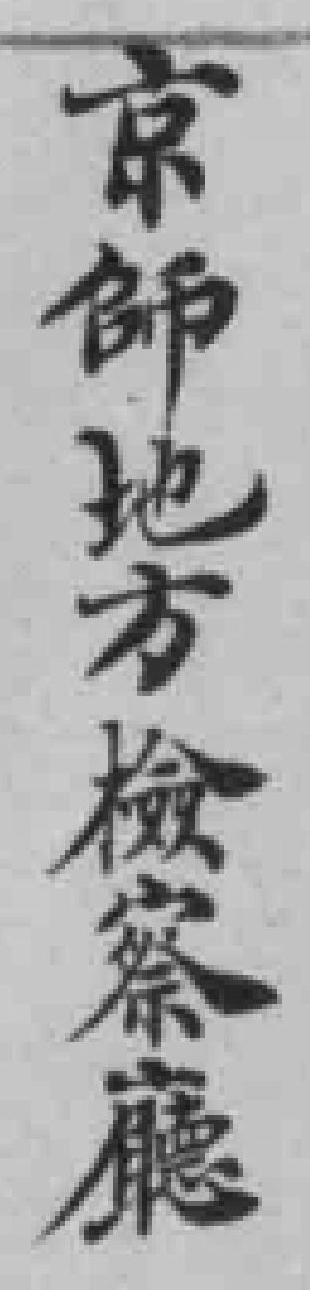
京師地方檢察廳